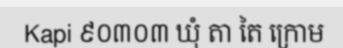
Kapi ៩០៣០៣ ឃុំ តា តៃ ក្រោម